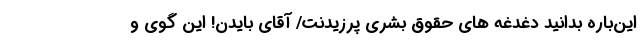
این‌باره بدانید دغدغه های حقوق بشری پرزیدنت/ آقای بایدن! این گوی و